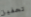
تحفيز